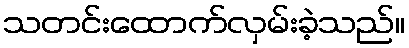
သတင်းထောက်လှမ်းခဲ့သည်။